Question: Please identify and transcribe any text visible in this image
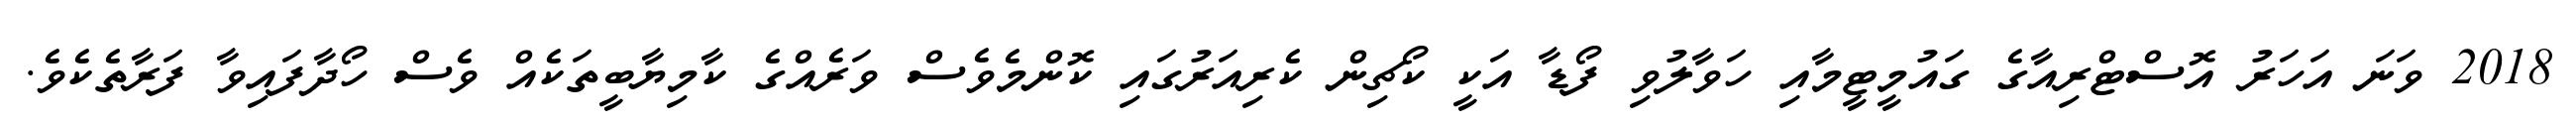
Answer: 2018 ވަނަ އަހަރު އޮސްޓްރިއާގެ ގައުމީޓީމާއި ހަވާލުވި ފޯޑާ އަކީ ކޯޗިން ކެރިއަރުގައި ކޮންމެވެސް ވަރެއްގެ ކާމިޔާބީތަކެއް ވެސް ހޯދާފައިވާ ފަރާތެކެވެ.